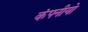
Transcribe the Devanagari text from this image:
कंपनीयो